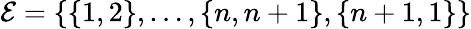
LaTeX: \mathcal{E}=\{ \{ 1,2\} ,\dots,\{ n,n+1\} ,\{ n+1,1\} \}